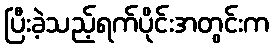
ပြီးခဲ့သည့်ရက်ပိုင်းအတွင်းက